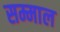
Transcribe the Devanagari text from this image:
सम्माल